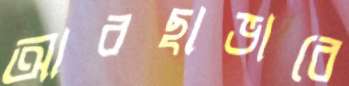
আবছাভাবে